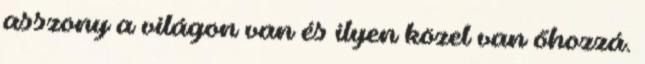
asszony a világon van és ilyen közel van őhozzá.